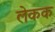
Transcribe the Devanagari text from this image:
लेकक